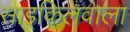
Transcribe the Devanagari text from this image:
साइकिलवाला